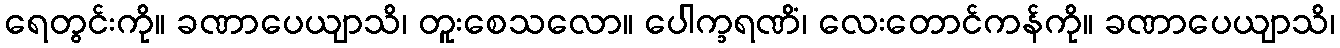
ရေတွင်းကို။ ခဏာပေယျာသိ၊ တူးစေသလော။ ပေါက္ခရဏိံ၊ လေးတောင်ကန်ကို။ ခဏာပေယျာသိ၊